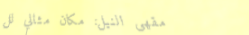
مقهى النيل: مكان مثالي لل